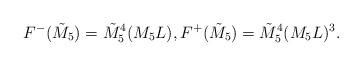
LaTeX: \begin{align*}F^{-}(\tilde{M}_5) = \tilde{M}_5^4 (M_5 L), F^{+}(\tilde{M}_5) =\tilde{M}_5^4 (M_5 L)^3.\end{align*}